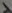
Text: 1